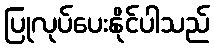
ပြုလုပ်ပေးနိုင်ပါသည်